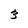
Character: 3